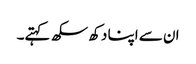
ان سے اپنا دکھ سکھ کہتے۔